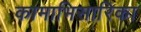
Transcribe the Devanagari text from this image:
कामाभिसारिका